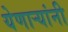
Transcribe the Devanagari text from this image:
येणाऱ्यांनी